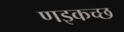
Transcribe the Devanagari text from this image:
णइकच्छ